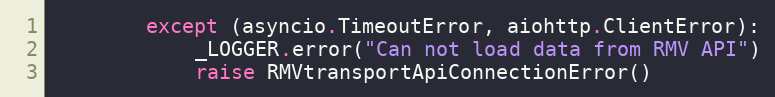
Language: Python
        except (asyncio.TimeoutError, aiohttp.ClientError):
            _LOGGER.error("Can not load data from RMV API")
            raise RMVtransportApiConnectionError()